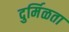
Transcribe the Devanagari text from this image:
दुर्मिळता